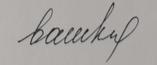
Signature authenticity: forged